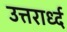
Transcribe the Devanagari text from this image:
उत्तरार्ध्द